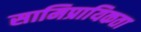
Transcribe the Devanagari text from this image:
सामिप्रायिकता